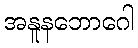
အနူနဘောဂေါ